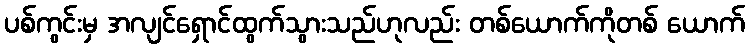
ပစ်ကွင်းမှ အလျင်ရှောင်ထွက်သွားသည်ဟုလည်း တစ်ယောက်ကိုတစ် ယောက်